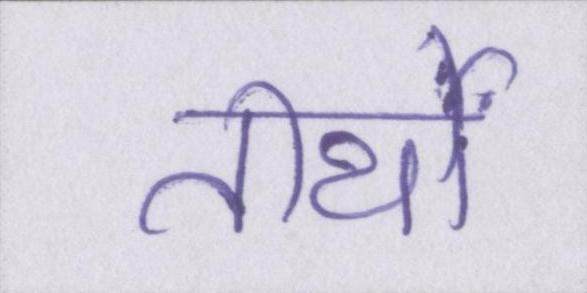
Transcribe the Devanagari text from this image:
तीर्थों